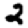
Digit: 2